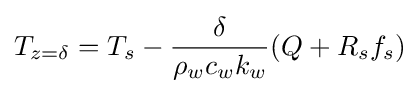
T_{z=\delta }=T_{s}-{\frac {\delta }{\rho _{w}c_{w}k_{w}}}(Q+R_{s}f_{s})